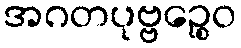
အဂတပုဗ္ဗဉ္စေဝ